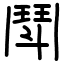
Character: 鬦